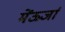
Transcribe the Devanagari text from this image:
मेंऊर्जा